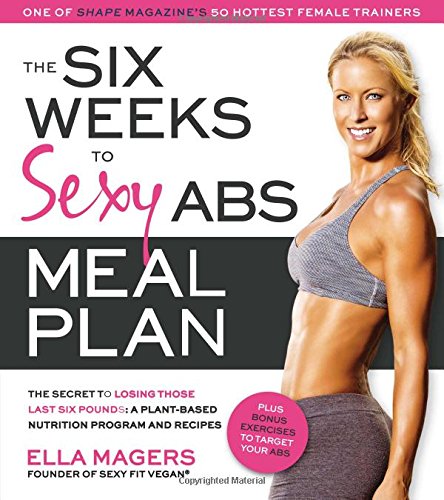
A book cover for The Six Weeks to Sexy Abs Meal Plan: The Secret to Losing Those Last Six Pounds: A Plant-Based Nutrition Program and Recipes; Ella Magers; Health, Fitness & Dieting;